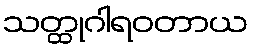
သတ္ထုဂါရဝတာယ